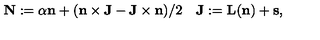
{ \bf N } : = { \alpha } { \bf n } + ( { \bf n } \times { \bf J } - { \bf J } \times { \bf n } ) / 2 \quad { \bf J } : = { \bf L } ( { \bf n } ) + { \bf s } ,